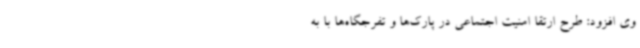
وی افزود: طرح ارتقا امنیت اجتماعی در پارک‌ها و تفرجگاه‌ها با به ‌